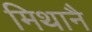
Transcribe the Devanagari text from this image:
मिथानै